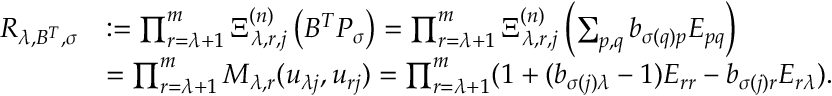
\begin{array} { r l } { R _ { \lambda , B ^ { T } , \sigma } } & { : = \prod _ { r = \lambda + 1 } ^ { m } \Xi _ { \lambda , r , j } ^ { ( n ) } \left( B ^ { T } P _ { \sigma } \right) = \prod _ { r = \lambda + 1 } ^ { m } \Xi _ { \lambda , r , j } ^ { ( n ) } \left( \sum _ { p , q } b _ { \sigma ( q ) p } E _ { p q } \right) } \\ & { = \prod _ { r = \lambda + 1 } ^ { m } M _ { \lambda , r } ( u _ { \lambda j } , u _ { r j } ) = \prod _ { r = \lambda + 1 } ^ { m } ( \boldsymbol { 1 } + ( b _ { \sigma ( j ) \lambda } - 1 ) E _ { r r } - b _ { \sigma ( j ) r } E _ { r \lambda } ) . } \end{array}